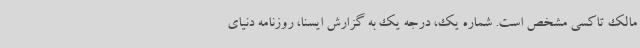
مالک تاکسی مشخص است. شماره یک، درجه یک به گزارش ایسنا، روزنامه دنیای